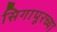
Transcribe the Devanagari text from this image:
सिगापूरच्या